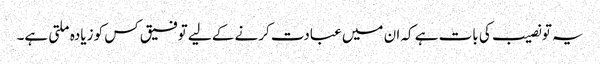
یہ تو نصیب کی بات ہے کہ ان میں عبادت کرنے کے لیے توفیق کس کو زیادہ ملتی ہے۔